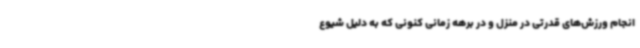
انجام ورزش‌های قدرتی در منزل و در برهه زمانی کنونی که به دلیل شیوع